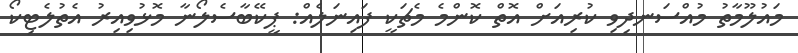
މައުލޫމާތު މުއްސަނދިވި ކުރިއަށް އޮތް ކޮންމެ މެޗަކީ ފައިނަލެއް: ޕީކޭބާސެލޯނާ މޮޅުވިއިރު އެތުލެޓިކޯ